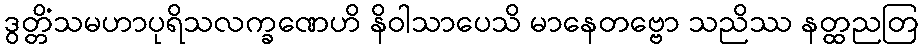
ဒွတ္တိံသမဟာပုရိသလက္ခဏေဟိ နိဝါသာပေသိ မာနေတဗ္ဗော သညိဿ နတ္ထညတြ